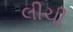
લીચી